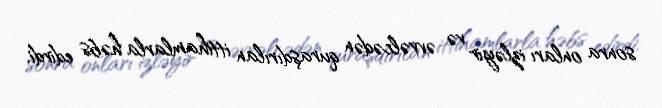
sonra onları izləyir və əvvəlcədən quraşdırılan ittihamlarla həbs edirdi.